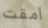
أمقت